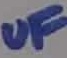
Text: µF